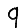
Digit: 9